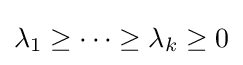
\lambda _{1}\geq \cdots \geq \lambda _{k}\geq 0